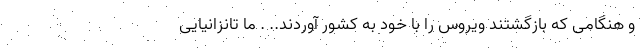
و هنگامی که بازگشتند ویروس را با خود به کشور آوردند.. . ما تانزانیایی